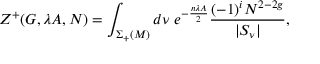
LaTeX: Z ^ { + } ( G , \lambda A , N ) = \int _ { \Sigma _ { + } ( { \cal M } ) } d \nu \; e ^ { - \frac { n \lambda A } { 2 } } \frac { ( - 1 ) ^ { i } N ^ { 2 - 2 g } } { | S _ { \nu } | } ,